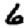
Digit: 6